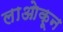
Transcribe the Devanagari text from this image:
लाओकून